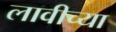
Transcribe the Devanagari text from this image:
लावीच्या